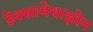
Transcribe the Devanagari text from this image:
डेक्सामेथाझोन